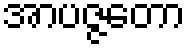
အာပဇ္ဇတော